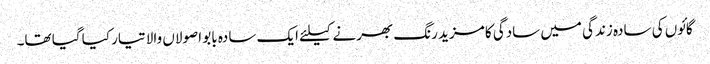
گائوں کی سادہ زندگی میں سادگی کا مزید رنگ بھرنے کیلئے ایک سادہ بابو اصولاں والا تیار کیا گیا تھا۔